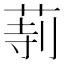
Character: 𦱰